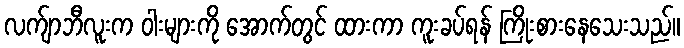
လက်ျာဘီလူးက ဝါးများကို အောက်တွင် ထားကာ ကူးခပ်ရန် ကြိုးစားနေသေးသည်။